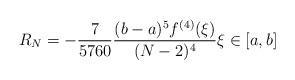
LaTeX: \begin{align*} R_N = -\frac{7}{5760}\frac{(b-a)^5 f^{(4)}(\xi)}{(N-2)^4} \xi \in [a, b]\end{align*}